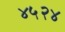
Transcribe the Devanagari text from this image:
४५२४